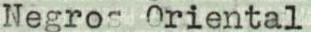
Negros Oriental